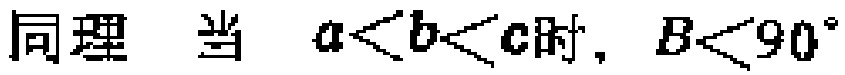
同理 当 \(a < b < c\)时, \(B < 90^{\circ}\)